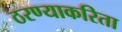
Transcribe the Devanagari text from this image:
ठरण्याकरिता